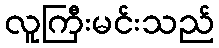
လူကြီးမင်းသည်